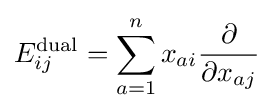
E_{ij}^{\text{dual}}=\sum _{a=1}^{n}x_{ai}{\frac {\partial }{\partial x_{aj}}}